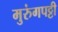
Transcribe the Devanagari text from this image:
मुरुंगपट्टी